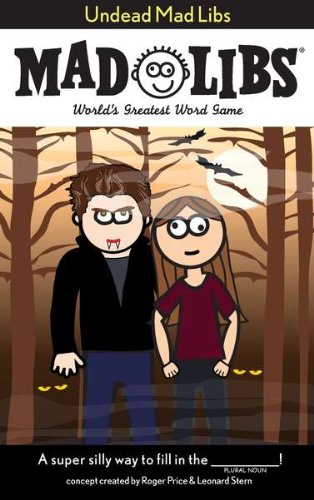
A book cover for Undead Mad Libs; Children's Books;